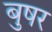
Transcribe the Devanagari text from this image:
बुषर